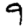
Digit: 9